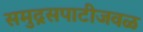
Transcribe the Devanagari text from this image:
समुद्रसपाटीजवळ